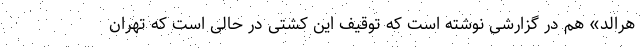
هرالد» هم در گزارشی نوشته است که توقیف این کشتی در حالی است که تهران